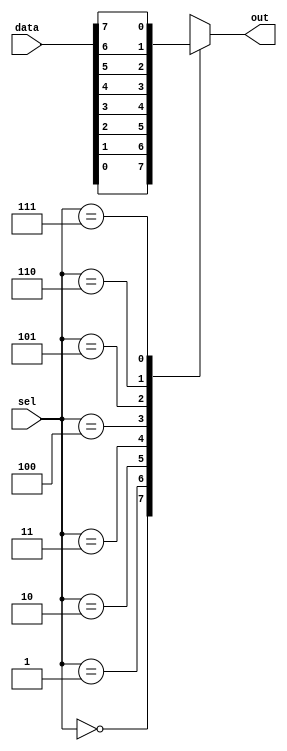
module mux8to1 (
    input [7:0] data,
    input [2:0] sel,
    output reg out
);

always @(*) begin
    case (sel)
        3'b000: out = data[0];
        3'b001: out = data[1];
        3'b010: out = data[2];
        3'b011: out = data[3];
        3'b100: out = data[4];
        3'b101: out = data[5];
        3'b110: out = data[6];
        3'b111: out = data[7];
        default: out = 0;
    endcase
end

endmodule